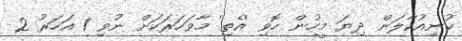
ކުނިއުކާލަން ދިޔަ މީހުން ހޮވި 'އެތި' މާވަހަރަކަށް ނުވި 1 އަހަރު 2